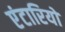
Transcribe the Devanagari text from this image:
एंटारियो